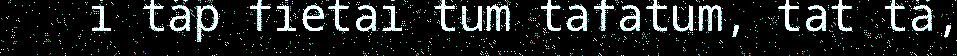
i täp fietai tum tafatum, tat tä,